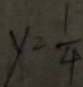
y = \frac { 1 } { 4 }